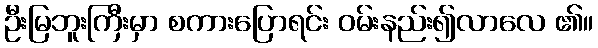
ဦးမြဘူးကြီးမှာ စကားပြောရင်း ဝမ်းနည်း၍လာလေ ၏။